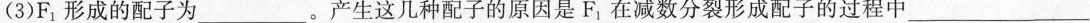
(3)F_{1}形成的配子为___。产生这几种配子的原因是F_{1}在减数分裂形成配子的过程中___